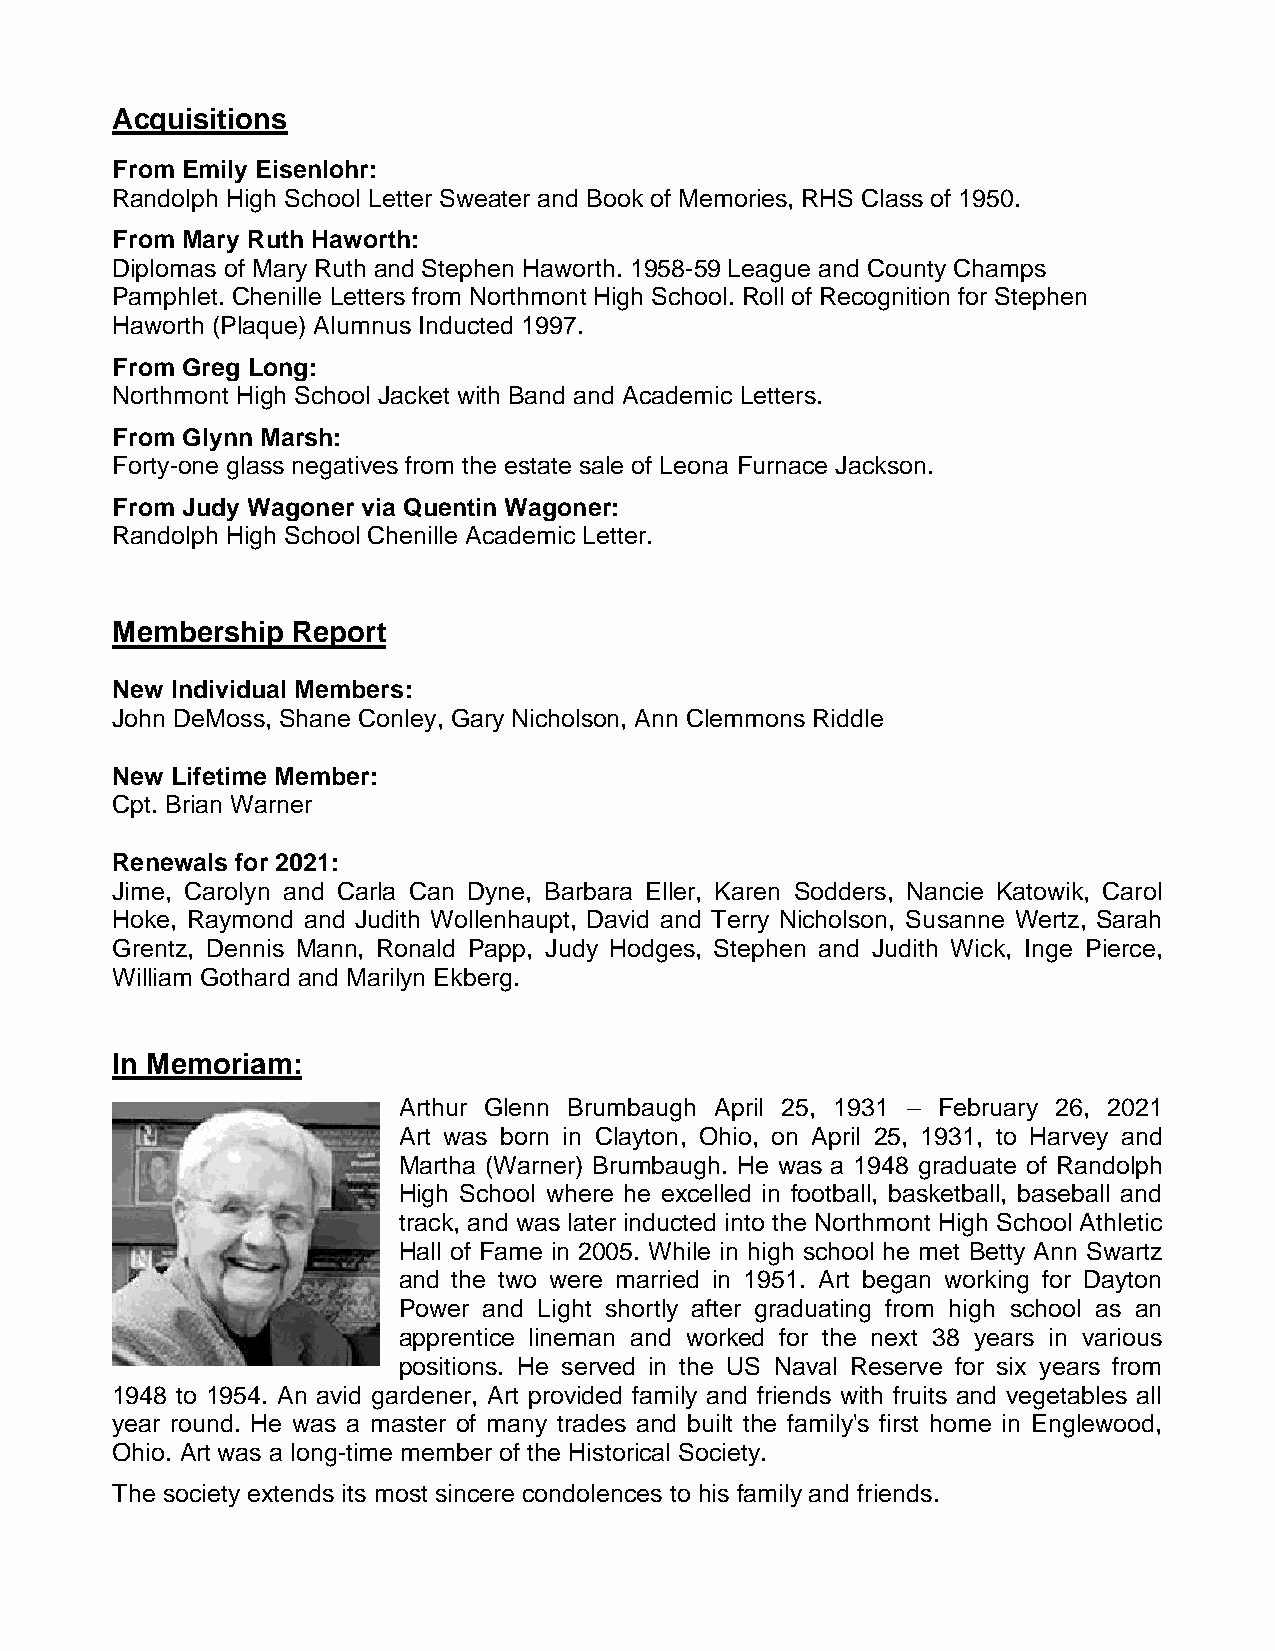
Acquisitions
 From Emily Eisenlohr:
 Randolph High School Letter Sweater and Book of Memories, RHS Class of 1950.
 From Mary Ruth Haworth:
 Diplomas of Mary Ruth and Stephen Haworth. 1958-59 League and County Champs
 Pamphlet. Chenille Letters from Northmont High School. Roll of Recognition for Stephen
 Haworth (Plaque) Alumnus Inducted 1997.
 From Greg Long:
 Northmont High School Jacket with Band and Academic Letters.
 From Glynn Marsh:
 Forty-one glass negatives from the estate sale of Leona Furnace Jackson.
 From Judy Wagoner via Quentin Wagoner:
 Randolph High School Chenille Academic Letter.
 Membership  Report
 New Individual Members:
 John DeMoss, Shane Conley, Gary Nicholson, Ann Clemmons Riddle
 New Lifetime Member:
 Cpt. Brian Warner
 Renewals for 2021:
 Jime, Carolyn and Carla Can Dyne, Barbara Eller, Karen Sodders, Nancie Katowik, Carol
 Hoke, Raymond and Judith Wollenhaupt, David and Terry Nicholson, Susanne Wertz, Sarah
 Grentz, Dennis Mann, Ronald Papp, Judy Hodges, Stephen and Judith Wick, Inge Pierce,
 William Gothard and Marilyn Ekberg.
 In Memoriam:
 Arthur Glenn Brumbaugh April 25, 1931 – February 26, 2021
 Art was born in Clayton, Ohio, on April 25, 1931, to Harvey and
 Martha (Warner) Brumbaugh. He was a 1948 graduate of Randolph
 High School where he excelled in football, basketball, baseball and
 track, and was later inducted into the Northmont High School Athletic
 Hall of Fame in 2005. While in high school he met Betty Ann Swartz
 and the two were married in 1951. Art began working for Dayton
 Power and Light shortly after graduating from high school as an
 apprentice lineman and worked for the next 38 years in various
 positions. He served in the US Naval Reserve for six years from
 1948 to 1954. An avid gardener, Art provided family and friends with fruits and vegetables all
 year round. He was a master of many trades and built the family's first home in Englewood,
 Ohio. Art was a long-time member of the Historical Society.
 The society extends its most sincere condolences to his family and friends.